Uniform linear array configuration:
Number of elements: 32
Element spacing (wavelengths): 0.5
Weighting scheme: hamming
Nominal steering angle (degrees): -30
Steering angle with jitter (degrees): -29.475
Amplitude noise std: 0.05
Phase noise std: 0.05

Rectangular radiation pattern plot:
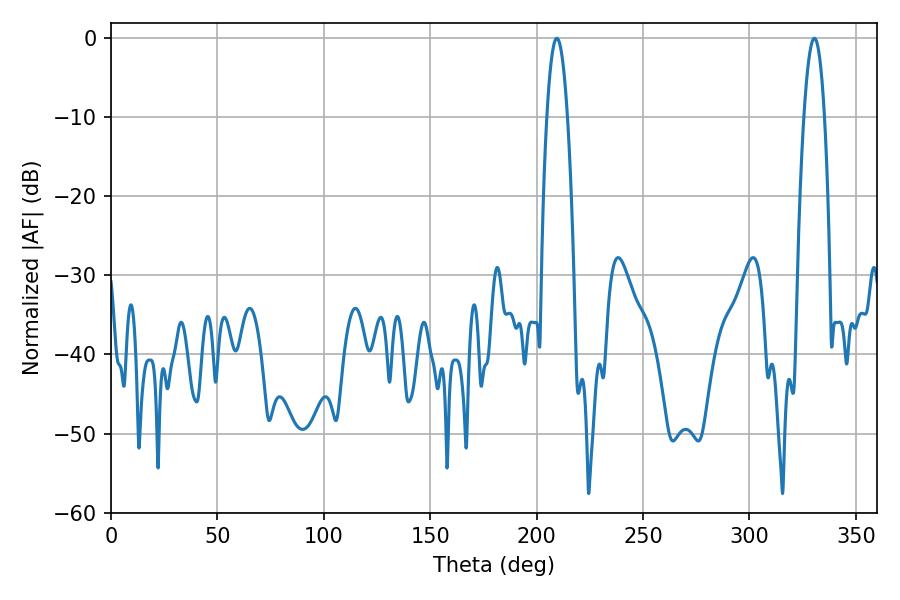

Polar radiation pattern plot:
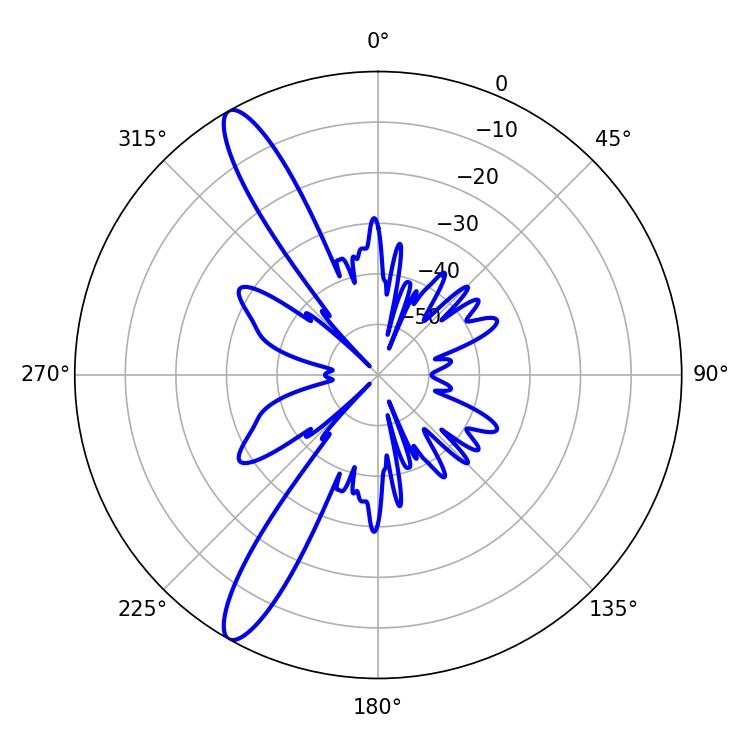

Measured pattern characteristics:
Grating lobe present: FALSE
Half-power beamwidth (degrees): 5.4
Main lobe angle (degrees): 209.52